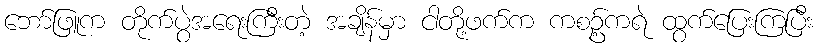
ဘော်ဖြူက တိုက်ပွဲအရေးကြီးတဲ့ အချိန်မှာ ငါတို့ဖက်က ကစဥ့်ကရဲ ထွက်ပြေးကြပြီး